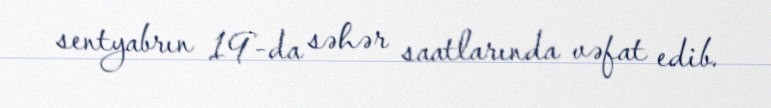
sentyabrın 19-da səhər saatlarında vəfat edib.